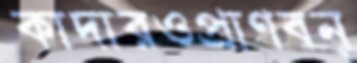
কাদারওপ্রাণবন্